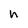
Character: h